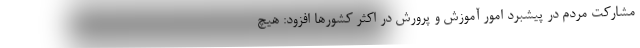
مشارکت مردم در پیشبرد امور آموزش و پرورش در اکثر کشورها افزود: هیچ